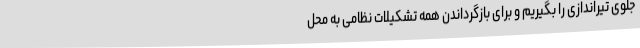
جلوی تیراندازی را بگیریم و برای بازگرداندن همه تشکیلات نظامی به محل